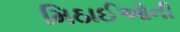
મિઠાઈઓની